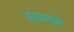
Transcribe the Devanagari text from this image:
वसामुक्त